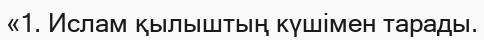
«1. Ислам қылыштың күшімен тарады.